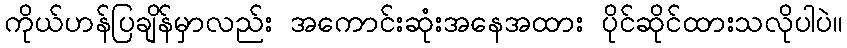
ကိုယ်ဟန်ပြချိန်မှာလည်း အကောင်းဆုံးအနေအထား ပိုင်ဆိုင်ထားသလိုပါပဲ။